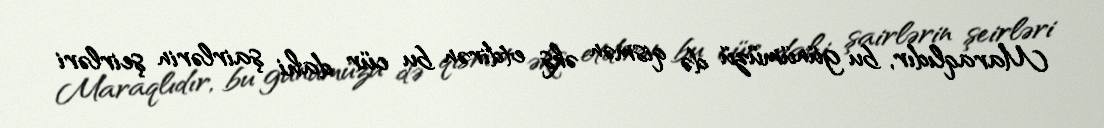
Maraqlıdır, bu günümüzü də qismən əks etdirən bu cür dahi şairlərin şeirləri